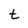
Character: t